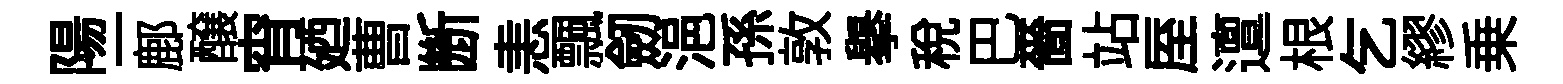
陽一鄜醸宵廼曹㫁恚飄劒浥孫敦舉稅巴嗇站厔邅根乞繆乗